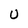
Character: U